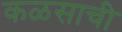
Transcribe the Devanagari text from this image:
कळसाची